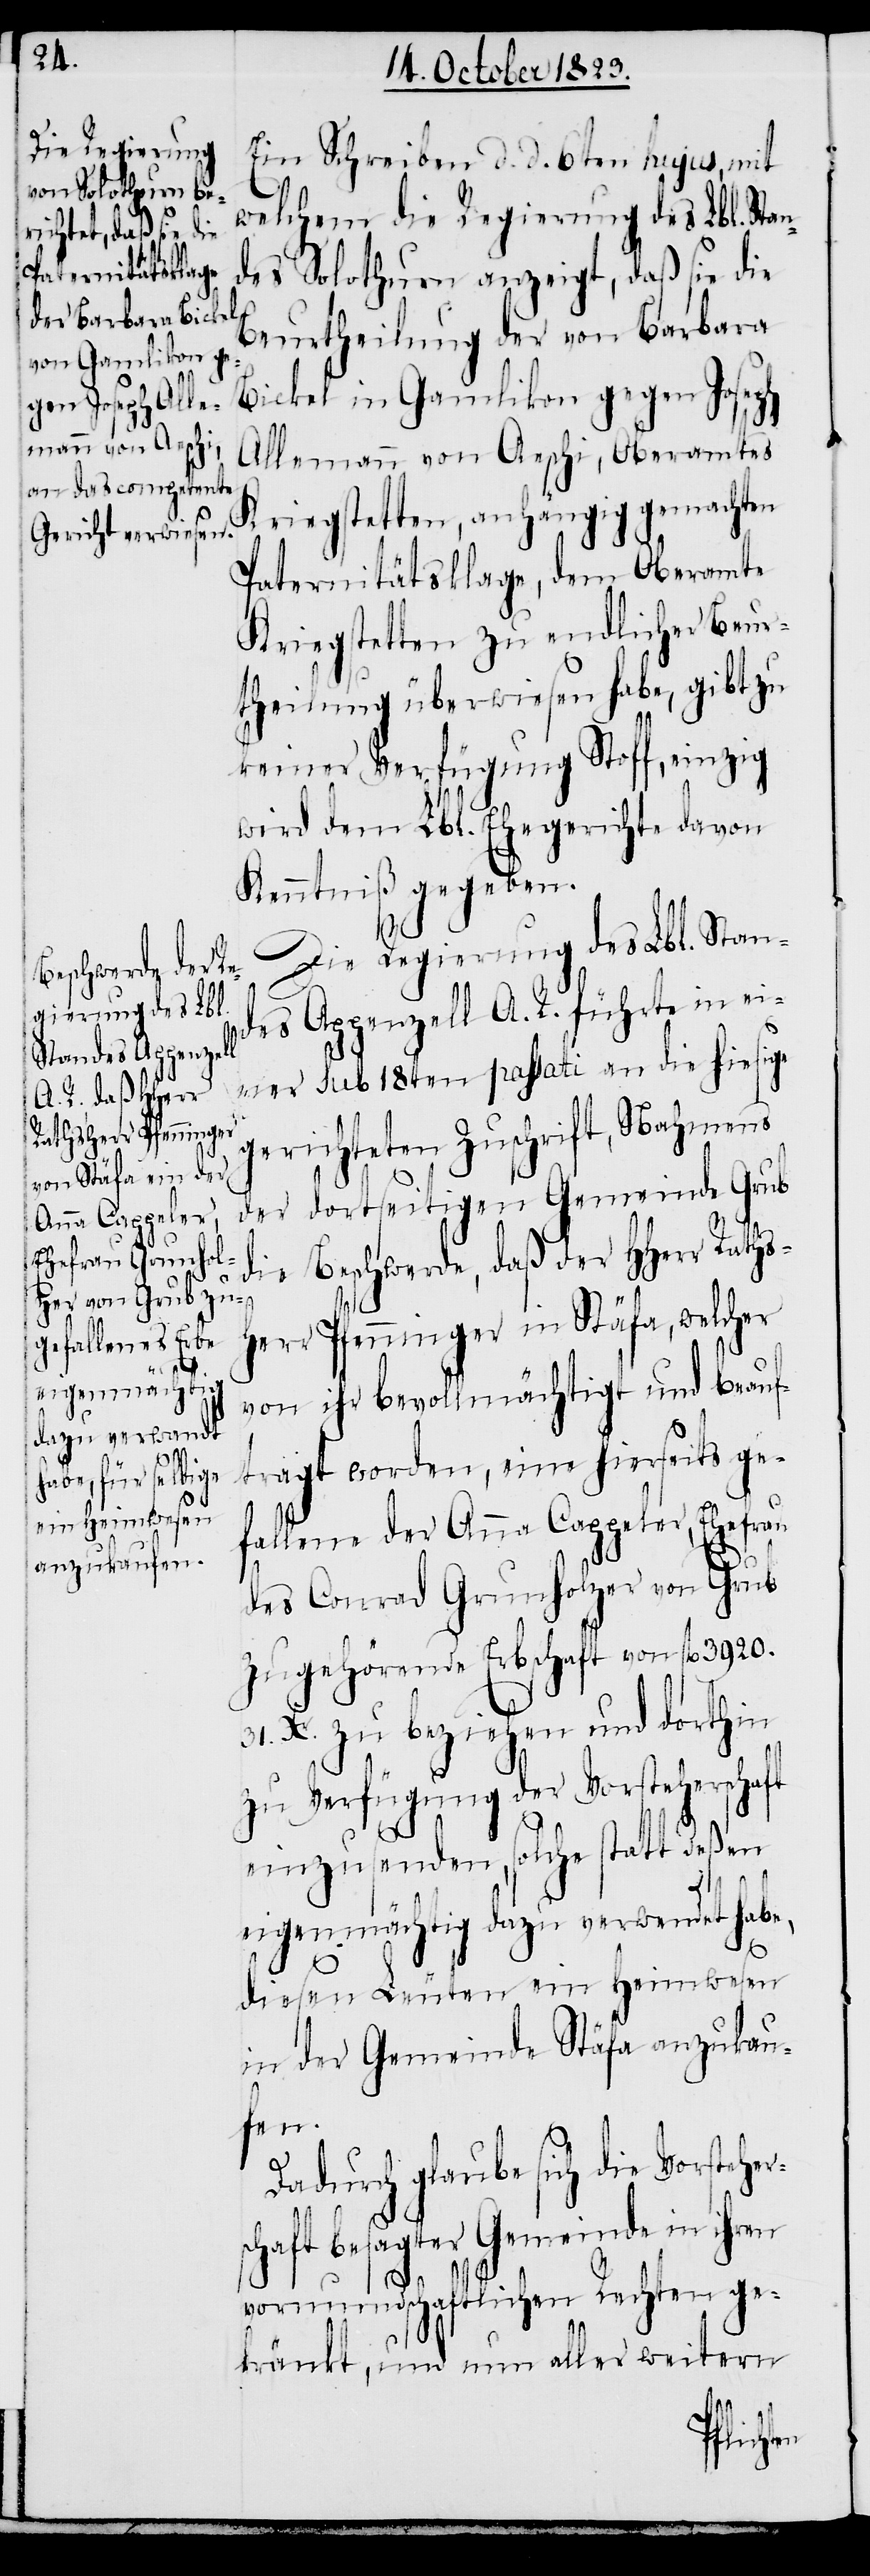
Ein Schreiben d. d. 6ten hujus, mit
welchem die Regierung des Lbl. St¬
des Solothurn anzeigt, daß sie die
Beurtheilung der von Barbara
Bickel in Gamlikon gegen Jose¬
ph
Allemann von Aeschi, Oberamtes
Kriegstetten, anhängig gemachten
Paternitätsklage, dem Oberamte
Kriegstetten zu endlicher Beur¬
theilung überwiesen habe, gibt zu
keiner Verfügung Stoff, einzig
wird dem Lbl. Ehegerichte davon
Kenntniß gegeben.
Die Regierung des Lbl. Stan¬
des Appenzell A. R. führte in ei¬
ner sub 18ten passati an die hiesige
gerichteten Zuschrift, Nahmens
der dortseitigen Gemeinde Grub
die Beschwerde, daß der HHerr Raths¬
herr Pfenninger in Stäfa, welcher
von ihr bevollmächtigt und beauf¬
tragt worden, eine hierseits ge¬
fallene der Anna Cappeler, Ehefrau
des Conrad Grunholzer von Grub
zugehörende Erbschaft von fl 3920.
31. Xr. zu beziehen und dorthin
zu Verfügung der Vorsteherschaft
einzusenden, solche statt deßen
s¬
eigenmächtig dazu verwendet habe,
diesen Leuten ein Heimwesen
in der Gemeinde Stäfa anzukau¬
fen.
Dadurch glaube sich die Vorsteher¬
chaft besagter Gemeinde in ihren
vormundschaftlichen Rechten ge¬
kränkt, und nun aller weitern